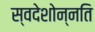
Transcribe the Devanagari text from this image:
स्वदेशोन्नति